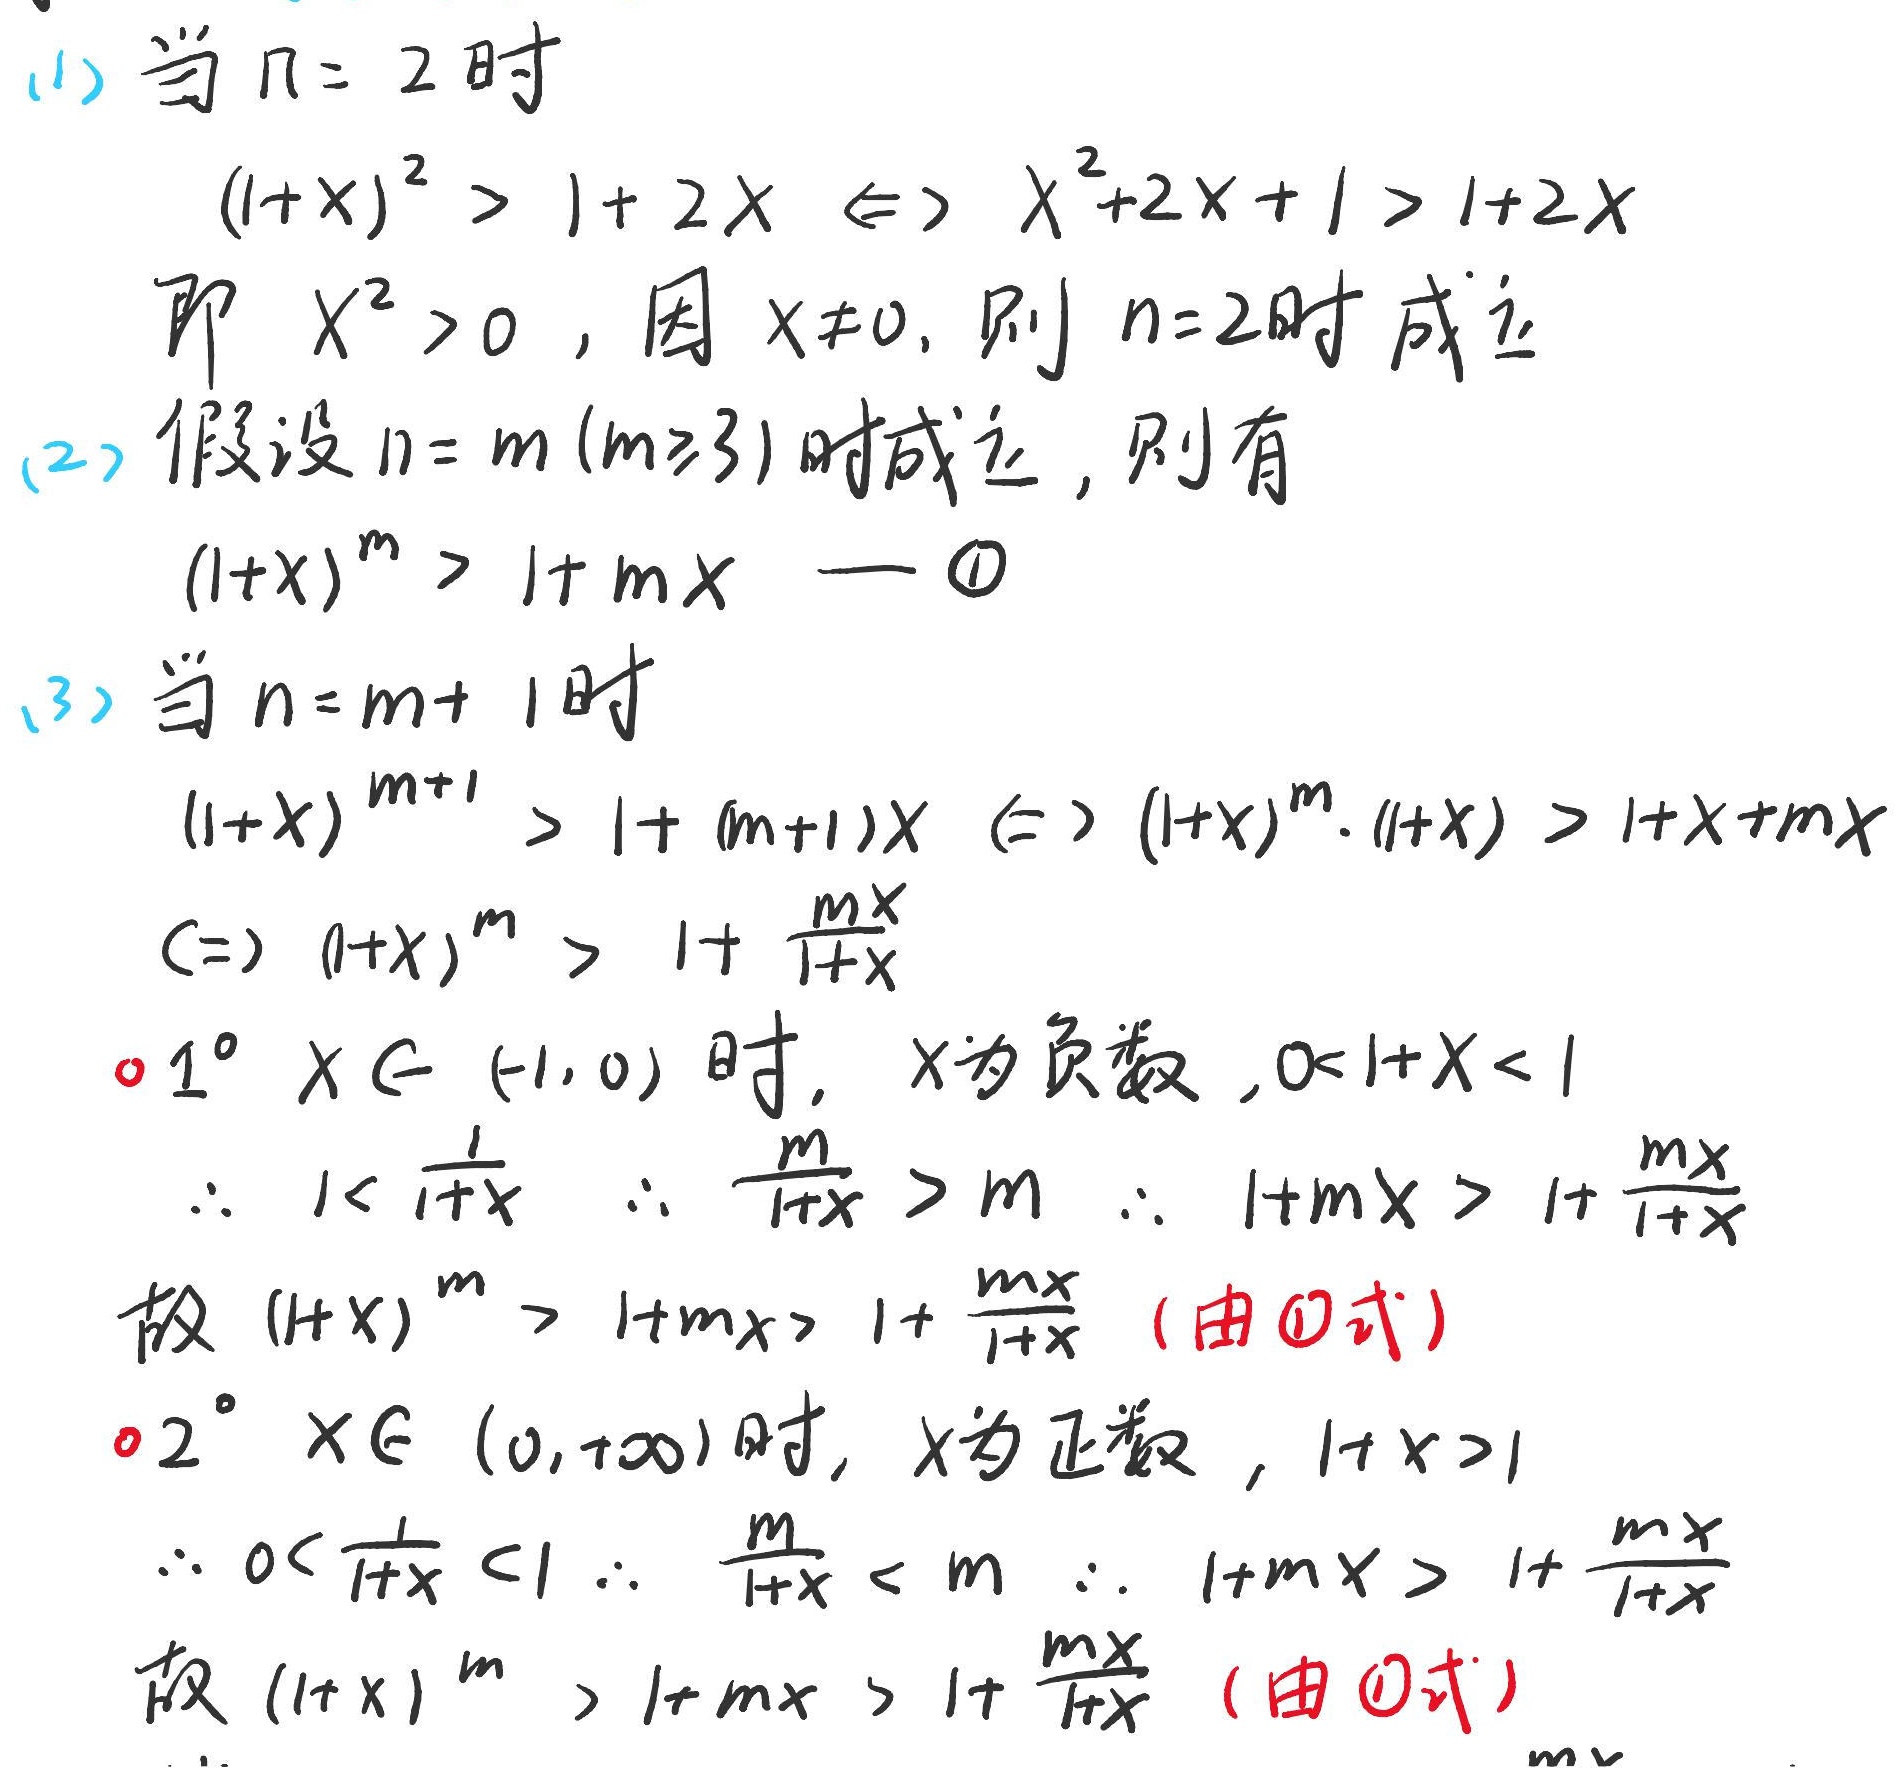
(1) 当 \(n = 2\) 时，\((1 + x)^{2}>1 + 2x\Leftrightarrow x^{2}+2x + 1>1 + 2x\)，即 \(x^{2}>0\)，因 \(x\neq0\)，则 \(n = 2\) 时成立。

(2) 假设 \(n = m(m\geq3)\) 时成立，则有 \((1 + x)^{m}>1+mx\)  — \textcircled{1}

(3) 当 \(n=m + 1\) 时，
\((1 + x)^{m + 1}>1+(m + 1)x\Leftrightarrow(1 + x)^{m}\cdot(1 + x)>1+x+mx\)
\(\Leftrightarrow(1 + x)^{m}>1+\frac{mx}{1 + x}\)

\(\circ1^{\circ}\) \(x\in(-1,0)\) 时，\(x\) 为负数，\(0<1 + x<1\)，
\(\therefore1<\frac{1}{1 + x}\)，\(\therefore\frac{mx}{1 + x}>m\)，\(\therefore1+mx>1+\frac{mx}{1 + x}\)
故 \((1 + x)^{m}>1+mx>1+\frac{mx}{1 + x}\)（由\textcircled{1}式）

\(\circ2^{\circ}\) \(x\in(0,+\infty)\) 时，\(x\) 为正数，\(1 + x>1\)，
\(\therefore0<\frac{1}{1 + x}<1\)，\(\therefore\frac{mx}{1 + x}<m\)，\(\therefore1+mx>1+\frac{mx}{1 + x}\)
故 \((1 + x)^{m}>1+mx>1+\frac{mx}{1 + x}\)（由\textcircled{1}式）